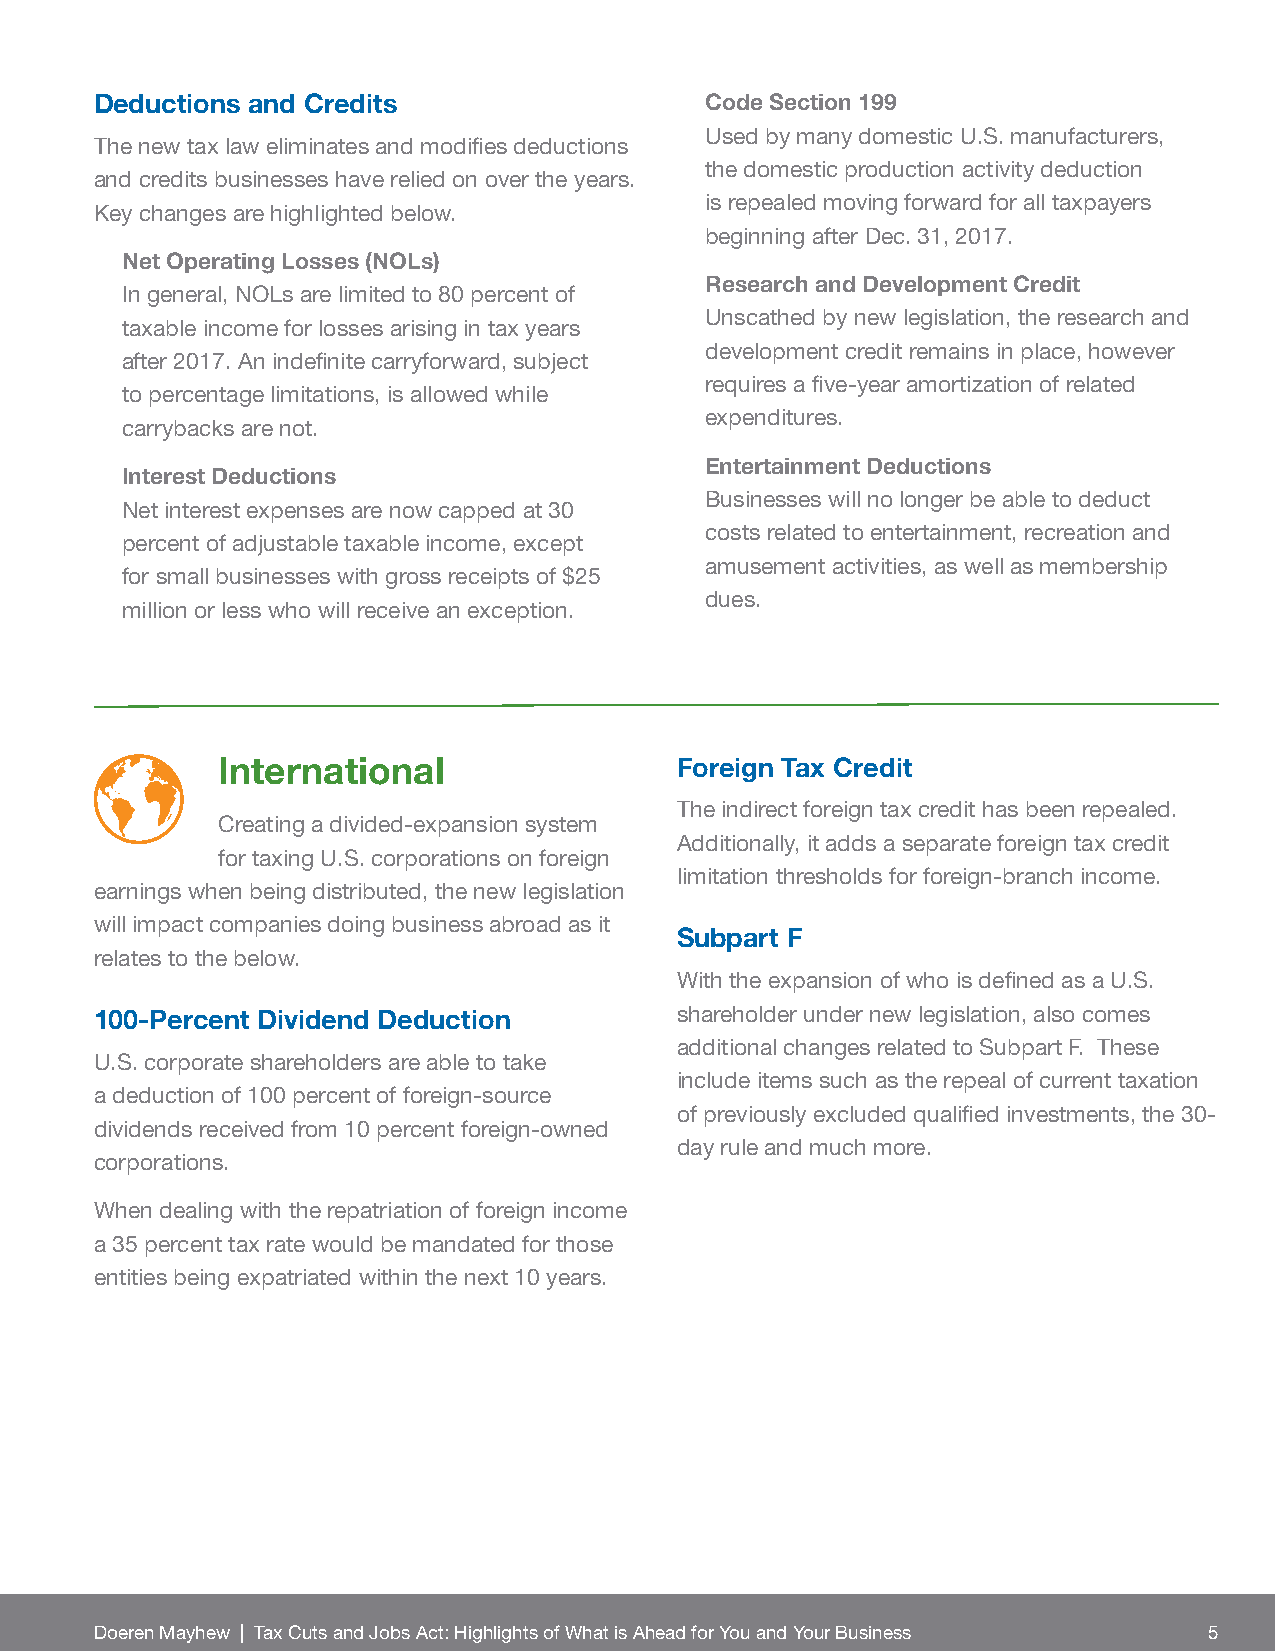
Deductions and Credits                   Code Section 199
 Used by many domestic U.S. manufacturers,
 The new tax law eliminates and modifi es deductions
 the domestic production activity deduction
 and credits businesses have relied on over the years.
 is repealed moving forward for all taxpayers
 Key changes are highlighted below.
 beginning after Dec. 31, 2017.
 Net Operating Losses (NOLs)
 Research and Development Credit
 In general, NOLs are limited to 80 percent of
 Unscathed by new legislation, the research and
 taxable income for losses arising in tax years
 development credit remains in place, however
 after 2017. An indefi nite carryforward, subject
 requires a fi ve-year amortization of related
 to percentage limitations, is allowed while
 expenditures.
 carrybacks are not.
 Entertainment Deductions
 Interest Deductions
 Businesses will no longer be able to deduct
 Net interest expenses are now capped at 30
 costs related to entertainment, recreation and
 percent of adjustable taxable income, except
 amusement activities, as well as membership
 for small businesses with gross receipts of $25
 dues.
 million or less who will receive an exception.
 International                  Foreign Tax Credit
 The indirect foreign tax credit has been repealed.
 Creating a divided-expansion system
 Additionally, it adds a separate foreign tax credit
 for taxing U.S. corporations on foreign
 limitation thresholds for foreign-branch income.
 earnings when being distributed, the new legislation
 will impact companies doing business abroad as it
 Subpart F
 relates to the below.
 With the expansion of who is defi ned as a U.S.
 100-Percent Dividend Deduction         shareholder under new legislation, also comes
 additional changes related to Subpart F. These
 U.S. corporate shareholders are able to take
 include items such as the repeal of current taxation
 a deduction of 100 percent of foreign-source
 of previously excluded qualifi ed investments, the 30-
 dividends received from 10 percent foreign-owned
 day rule and much more.
 corporations.
 When dealing with the repatriation of foreign income
 a 35 percent tax rate would be mandated for those
 entities being expatriated within the next 10 years.
 Doeren Mayhew | Tax Cuts and Jobs Act: Highlights of What is Ahead for You and Your Business 5